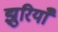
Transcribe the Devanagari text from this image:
झुरियाँ